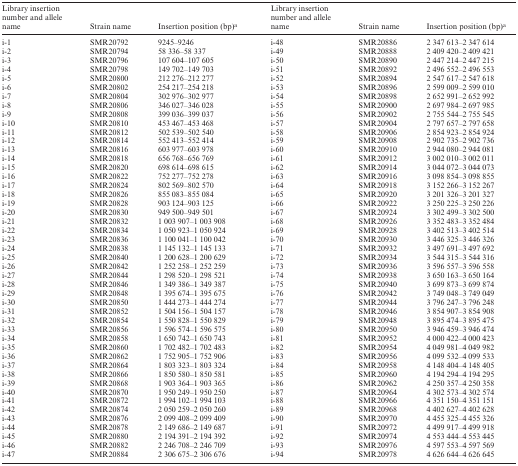
<table><thead><tr><td><b>Library insertionnumber and allelename</b></td><td><b>Strain name</b></td><td><b>Insertion position (bp)<sup>a</sup></b></td><td><b>Library insertionnumber and allelename</b></td><td><b>Strain name</b></td><td><b>Insertion position (bp)<sup>a</sup></b></td></tr></thead><tbody><tr><td>i-1</td><td>SMR20792</td><td>9245–9246</td><td>i-48</td><td>SMR20886</td><td>2 347 613–2 347 614</td></tr><tr><td>i-2</td><td>SMR20794</td><td>58 336–58 337</td><td>i-49</td><td>SMR20888</td><td>2 409 420–2 409 421</td></tr><tr><td>i-3</td><td>SMR20796</td><td>107 604–107 605</td><td>i-50</td><td>SMR20890</td><td>2 447 214–2 447 215</td></tr><tr><td>i-4</td><td>SMR20798</td><td>149 702–149 703</td><td>i-51</td><td>SMR20892</td><td>2 496 552–2 496 553</td></tr><tr><td>i-5</td><td>SMR20800</td><td>212 276–212 277</td><td>i-52</td><td>SMR20894</td><td>2 547 617–2 547 618</td></tr><tr><td>i-6</td><td>SMR20802</td><td>254 217–254 218</td><td>i-53</td><td>SMR20896</td><td>2 599 009–2 599 010</td></tr><tr><td>i-7</td><td>SMR20804</td><td>302 976–302 977</td><td>i-54</td><td>SMR20898</td><td>2 652 991–2 652 992</td></tr><tr><td>i-8</td><td>SMR20806</td><td>346 027–346 028</td><td>i-55</td><td>SMR20900</td><td>2 697 984–2 697 985</td></tr><tr><td>i-9</td><td>SMR20808</td><td>399 036–399 037</td><td>i-56</td><td>SMR20902</td><td>2 755 544–2 755 545</td></tr><tr><td>i-10</td><td>SMR20810</td><td>453 467–453 468</td><td>i-57</td><td>SMR20904</td><td>2 797 657–2 797 658</td></tr><tr><td>i-11</td><td>SMR20812</td><td>502 539–502 540</td><td>i-58</td><td>SMR20906</td><td>2 854 923–2 854 924</td></tr><tr><td>i-12</td><td>SMR20814</td><td>552 413–552 414</td><td>i-59</td><td>SMR20908</td><td>2 902 735–2 902 736</td></tr><tr><td>i-13</td><td>SMR20816</td><td>603 977–603 978</td><td>i-60</td><td>SMR20910</td><td>2 944 080–2 944 081</td></tr><tr><td>i-14</td><td>SMR20818</td><td>656 768–656 769</td><td>i-61</td><td>SMR20912</td><td>3 002 010–3 002 011</td></tr><tr><td>i-15</td><td>SMR20820</td><td>698 614–698 615</td><td>i-62</td><td>SMR20914</td><td>3 044 072–3 044 073</td></tr><tr><td>i-16</td><td>SMR20822</td><td>752 277–752 278</td><td>i-63</td><td>SMR20916</td><td>3 098 854–3 098 855</td></tr><tr><td>i-17</td><td>SMR20824</td><td>802 569–802 570</td><td>i-64</td><td>SMR20918</td><td>3 152 266–3 152 267</td></tr><tr><td>i-18</td><td>SMR20826</td><td>855 083–855 084</td><td>i-65</td><td>SMR20920</td><td>3 201 326–3 201 327</td></tr><tr><td>i-19</td><td>SMR20828</td><td>903 124–903 125</td><td>i-66</td><td>SMR20922</td><td>3 250 225–3 250 226</td></tr><tr><td>i-20</td><td>SMR20830</td><td>949 500–949 501</td><td>i-67</td><td>SMR20924</td><td>3 302 499–3 302 500</td></tr><tr><td>i-21</td><td>SMR20832</td><td>1 003 907–1 003 908</td><td>i-68</td><td>SMR20926</td><td>3 352 483–3 352 484</td></tr><tr><td>i-22</td><td>SMR20834</td><td>1 050 923–1 050 924</td><td>i-69</td><td>SMR20928</td><td>3 402 513–3 402 514</td></tr><tr><td>i-23</td><td>SMR20836</td><td>1 100 041–1 100 042</td><td>i-70</td><td>SMR20930</td><td>3 446 325–3 446 326</td></tr><tr><td>i-24</td><td>SMR20838</td><td>1 145 132–1 145 133</td><td>i-71</td><td>SMR20932</td><td>3 497 691–3 497 692</td></tr><tr><td>i-25</td><td>SMR20840</td><td>1 200 628–1 200 629</td><td>i-72</td><td>SMR20934</td><td>3 544 315–3 544 316</td></tr><tr><td>i-26</td><td>SMR20842</td><td>1 252 258–1 252 259</td><td>i-73</td><td>SMR20936</td><td>3 596 557–3 596 558</td></tr><tr><td>i-27</td><td>SMR20844</td><td>1 298 520–1 298 521</td><td>i-74</td><td>SMR20938</td><td>3 650 163–3 650 164</td></tr><tr><td>i-28</td><td>SMR20846</td><td>1 349 386–1 349 387</td><td>i-75</td><td>SMR20940</td><td>3 699 873–3 699 874</td></tr><tr><td>i-29</td><td>SMR20848</td><td>1 395 674–1 395 675</td><td>i-76</td><td>SMR20942</td><td>3 749 048–3 749 049</td></tr><tr><td>i-30</td><td>SMR20850</td><td>1 444 273–1 444 274</td><td>i-77</td><td>SMR20944</td><td>3 796 247–3 796 248</td></tr><tr><td>i-31</td><td>SMR20852</td><td>1 504 156–1 504 157</td><td>i-78</td><td>SMR20946</td><td>3 854 907–3 854 908</td></tr><tr><td>i-32</td><td>SMR20854</td><td>1 550 828–1 550 829</td><td>i-79</td><td>SMR20948</td><td>3 895 474–3 895 475</td></tr><tr><td>i-33</td><td>SMR20856</td><td>1 596 574–1 596 575</td><td>i-80</td><td>SMR20950</td><td>3 946 459–3 946 474</td></tr><tr><td>i-34</td><td>SMR20858</td><td>1 650 742–1 650 743</td><td>i-81</td><td>SMR20952</td><td>4 000 422–4 000 423</td></tr><tr><td>i-35</td><td>SMR20860</td><td>1 702 482–1 702 483</td><td>i-82</td><td>SMR20954</td><td>4 049 981–4 049 982</td></tr><tr><td>i-36</td><td>SMR20862</td><td>1 752 905–1 752 906</td><td>i-83</td><td>SMR20956</td><td>4 099 532–4 099 533</td></tr><tr><td>i-37</td><td>SMR20864</td><td>1 803 323–1 803 324</td><td>i-84</td><td>SMR20958</td><td>4 148 404–4 148 405</td></tr><tr><td>i-38</td><td>SMR20866</td><td>1 850 580–1 850 581</td><td>i-85</td><td>SMR20960</td><td>4 194 294–4 194 295</td></tr><tr><td>i-39</td><td>SMR20868</td><td>1 903 364–1 903 365</td><td>i-86</td><td>SMR20962</td><td>4 250 357–4 250 358</td></tr><tr><td>i-40</td><td>SMR20870</td><td>1 950 249–1 950 250</td><td>i-87</td><td>SMR20964</td><td>4 302 573–4 302 574</td></tr><tr><td>i-41</td><td>SMR20872</td><td>1 994 102–1 994 103</td><td>i-88</td><td>SMR20966</td><td>4 351 150–4 351 151</td></tr><tr><td>i-42</td><td>SMR20874</td><td>2 050 259–2 050 260</td><td>i-89</td><td>SMR20968</td><td>4 402 627–4 402 628</td></tr><tr><td>i-43</td><td>SMR20876</td><td>2 099 408–2 099 409</td><td>i-90</td><td>SMR20970</td><td>4 455 325–4 455 326</td></tr><tr><td>i-44</td><td>SMR20878</td><td>2 149 686–2 149 687</td><td>i-91</td><td>SMR20972</td><td>4 499 917–4 499 918</td></tr><tr><td>i-45</td><td>SMR20880</td><td>2 194 391–2 194 392</td><td>i-92</td><td>SMR20974</td><td>4 553 444–4 553 445</td></tr><tr><td>i-46</td><td>SMR20882</td><td>2 246 708–2 246 709</td><td>i-93</td><td>SMR20976</td><td>4 597 553–4 597 569</td></tr><tr><td>i-47</td><td>SMR20884</td><td>2 306 675–2 306 676</td><td>i-94</td><td>SMR20978</td><td>4 626 644–4 626 645</td></tr></tbody></table>